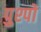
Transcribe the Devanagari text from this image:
पुश्पों